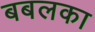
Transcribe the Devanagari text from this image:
बबलका